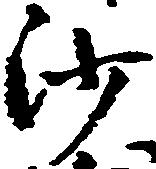
沙